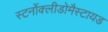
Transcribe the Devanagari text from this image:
स्टर्नोक्लीडोमैस्टायड